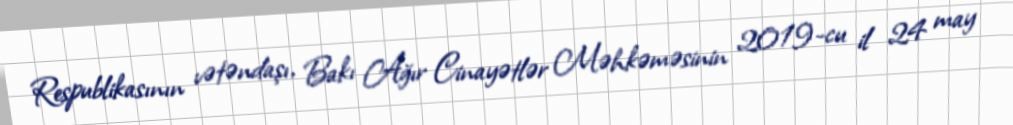
Respublikasının vətəndaşı, Bakı Ağır Cinayətlər Məhkəməsinin 2019-cu il 24 may